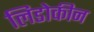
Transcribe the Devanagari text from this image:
लिडोकीन